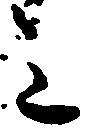
主